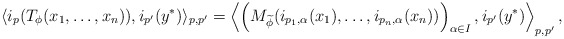
\begin{align*}\langle i_p(T_\phi(x_1,\ldots,x_n)),i_{p'}(y^*) \rangle_{p,p'} = \left \langle \left( M_{\widetilde{\phi}}( i_{p_1,\alpha}(x_1),\ldots,i_{p_n,\alpha}(x_n) ) \right)_{\alpha \in I} , i_{p'}(y^*) \right \rangle_{p,p'},\end{align*}